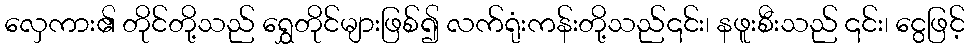
လှေကား၏ တိုင်တို့သည် ရွှေတိုင်များဖြစ်၍ လက်ရုံးကန်းတို့သည်၎င်း၊ နဖူးစီးသည် ၎င်း၊ ငွေဖြင့်